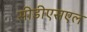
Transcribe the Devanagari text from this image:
सीडीएसएल